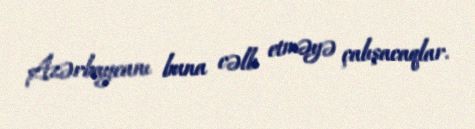
Azərbaycanı buna cəlb etməyə çalışacaqlar.